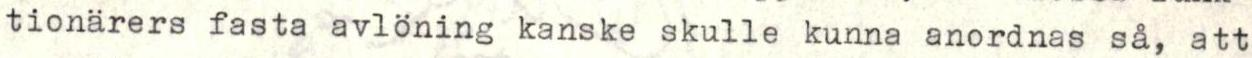
tionärers fasta avlöning kanske skulle kunna anordnas så, att